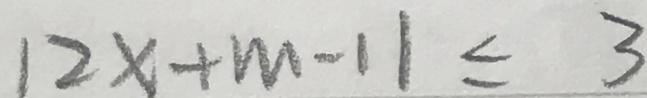
1 2 x + m - 1 1 \leq 3